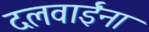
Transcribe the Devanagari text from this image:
दलवाईंना